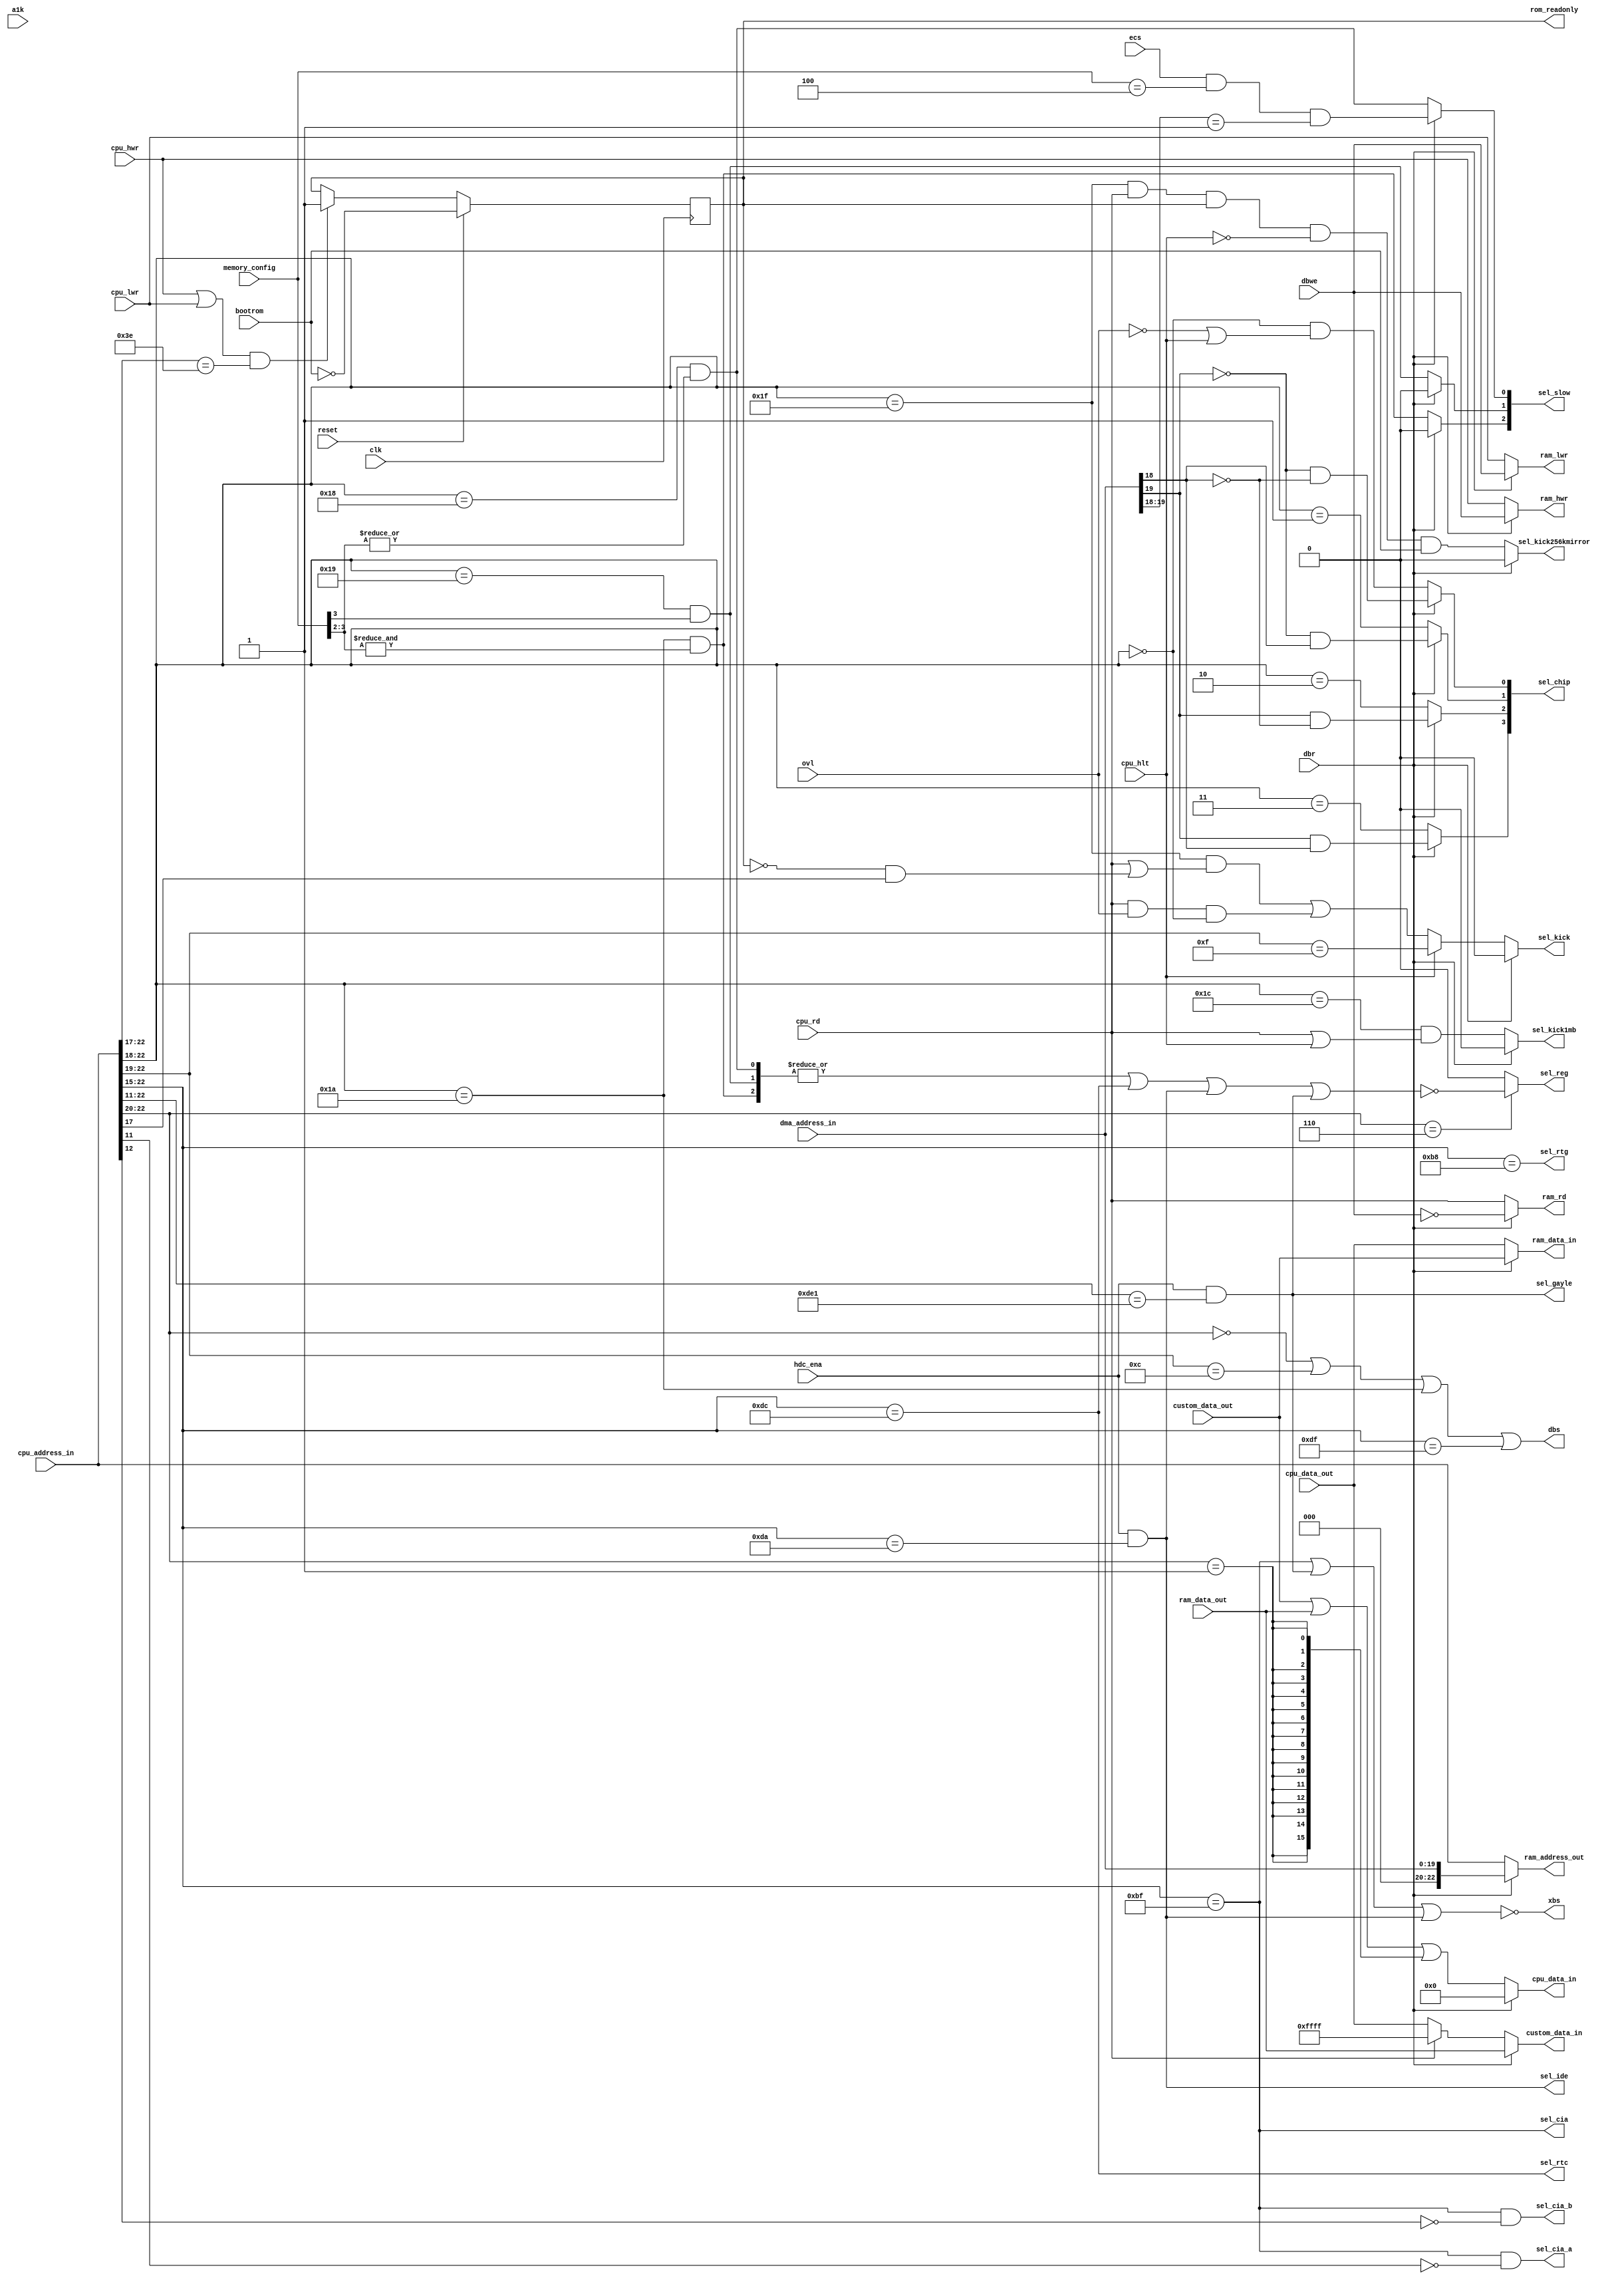
// This program was cloned from: https://github.com/Mazamars312/Analogue-Amiga
// License: GNU General Public License v3.0

// Copyright 2006, 2007 Dennis van Weeren
//
// This file is part of Minimig
//
// Minimig is free software; you can redistribute it and/or modify
// it under the terms of the GNU General Public License as published by
// the Free Software Foundation; either version 3 of the License, or
// (at your option) any later version.
//
// Minimig is distributed in the hope that it will be useful,
// but WITHOUT ANY WARRANTY; without even the implied warranty of
// MERCHANTABILITY or FITNESS FOR A PARTICULAR PURPOSE.  See the
// GNU General Public License for more details.
//
// You should have received a copy of the GNU General Public License
// along with this program.  If not, see <http://www.gnu.org/licenses/>.
//
//
//
// This is Gary
// It is the equivalent of Gary in a real Amiga
// Gary handles the address decoding and cpu/chip bus multiplexing
// Gary handles kickstart area and bootrom overlay
// Gary handles CIA e clock synchronization
//
// 20-12-2005	- started coding
// 21-12-2005	- done more coding
// 25-12-2005	- changed blitter nasty handling
// 15-01-2006	- fixed sensitivity list
// 12-11-2006	- debugging for new Minimig rev1.0 board
// 17-11-2006	- removed debugging and added decode for $C0000 ram
// ----------
// JB:
// 2008-10-06	- added decoders for IDE and GAYLE register range
// 2008-10-15	- signal name change cpuok -> dbr
// 2009-05-23	- better timing model for CIA interface
// 2009-05-24	- clean-up & renaming
// 2009-05-25	- ram, cpu and custom chips bus multiplexer
// 2009-09-01	- fixed sel_kick
// 2010-08-15	- clean-up
//
// SB:
// 2010-10-18 - added special memory config like in A500 Rev.6 with 512kb + 512kb of memory
//
// AMR:
// 2012-03-23  - Added select for Akiko


module gary
(
	input  [23:1] cpu_address_in, //cpu address bus input
	input  [20:1] dma_address_in, //agnus dma memory address input
	output [23:1] ram_address_out, //full ram address output to make memory mapping easier
	input  [15:0] cpu_data_out,
	output [15:0] cpu_data_in,
	input  [15:0] custom_data_out,
	output [15:0] custom_data_in,
	input  [15:0] ram_data_out,
	output [15:0] ram_data_in,
	input         a1k,
	input         bootrom, // do the A1000 bootrom magic 		 
	input         clk,
	input         reset, //global reset signal
	input         cpu_rd, //cpu read
	input         cpu_hwr, //cpu high write
	input         cpu_lwr, //cpu low write
	input         cpu_hlt,

	input         ovl, //overlay kickstart rom over chipram
	input         dbr, //Agns takes the bus
	input         dbwe, //Agnus does a write cycle
	output        dbs, //data bus slow down
	output        xbs, //cross bridge select, active dbr prevents access

	input   [3:0] memory_config, //selected memory configuration
	input         ecs, // ECS chipset enable
	input         hdc_ena, //enables hdd interface

	output        ram_rd, //bus read
	output        ram_hwr, //bus high write
	output        ram_lwr, //bus low write

	output        sel_reg, //select chip register bank
	output reg [3:0] sel_chip, //select chip memory
	output reg [2:0] sel_slow, //select slowfast memory ($C0000)
	output reg   sel_kick, //select kickstart rom
	output reg   sel_kick1mb, // 1MB kickstart rom 'upper' half
	output reg   sel_kick256kmirror, //mirror $fc-$ff to $f8, when rom_readonly and bootrom 
	output       sel_cia, //select CIA space
	output       sel_cia_a, //select cia A
	output       sel_cia_b, //select cia B
	output       sel_rtg, //select rtg
	output       sel_rtc, //select $DCxxxx
	output       sel_ide, //select $DAxxxx
	output       sel_gayle, //select $DExxxx
	output reg   rom_readonly = 0 //when zero allows to write to $fc-$ff, blocks effect of kick256kmirror.  
);

wire	[2:0] t_sel_slow;
wire	sel_xram;
wire	sel_bank_1; 				// $200000-$3FFFFF
 

//--------------------------------------------------------------------------------------

assign ram_data_in    = dbr ? custom_data_out : cpu_data_out;
assign custom_data_in = dbr ? ram_data_out : cpu_rd ? 16'hFFFF : cpu_data_out;
assign cpu_data_in    = dbr ? 16'h0000 : custom_data_out | ram_data_out | {16{sel_bank_1}};

//read write control signals
assign ram_rd  = dbr ? ~dbwe : cpu_rd;
assign ram_hwr = dbr ?  dbwe : cpu_hwr;
assign ram_lwr = dbr ?  dbwe : cpu_lwr;

//--------------------------------------------------------------------------------------

// ram address multiplexer (512KB bank)		
// assign ram_address_out = dbr ? dma_address_in[18:1] : cpu_address_in[18:1];
// output full address to make mapping easier.  
assign ram_address_out  = dbr ? {3'b000, dma_address_in[20:1]} : cpu_address_in[23:1];
   
   
//--------------------------------------------------------------------------------------

always @ (posedge clk) begin
	if (reset) rom_readonly <= ~bootrom;
	else if ((cpu_hwr || cpu_lwr) && (cpu_address_in[23:18]==6'b1111_10)) rom_readonly <= 1;
end

   
//chipram, kickstart and bootrom address decode
always @(*)
begin
	if (dbr)//agnus only accesses chipram
	begin
		sel_chip[0] = ~dma_address_in[20] & ~dma_address_in[19];
		sel_chip[1] = ~dma_address_in[20] &  dma_address_in[19];
		sel_chip[2] =  dma_address_in[20] & ~dma_address_in[19];
		sel_chip[3] =  dma_address_in[20] &  dma_address_in[19];
		sel_slow[0] =  ecs && memory_config==4'b0100 && dma_address_in[20:19]==2'b01; //use slow0 as chipmem, when only chip0 and slow0 are enabled.
		sel_slow[1] = 0;
		sel_slow[2] = 0;
	   sel_kick    = 0;
	   sel_kick1mb = 0;
	   sel_kick256kmirror = 0;
	end
	else
	begin
		sel_chip[0] = cpu_address_in[23:19]==5'b0000_0 && (!ovl || cpu_hlt);
		sel_chip[1] = cpu_address_in[23:19]==5'b0000_1;
		sel_chip[2] = cpu_address_in[23:19]==5'b0001_0;
		sel_chip[3] = cpu_address_in[23:19]==5'b0001_1;
		sel_slow[0] = t_sel_slow[0];
		sel_slow[1] = t_sel_slow[1];
		sel_slow[2] = t_sel_slow[2];
		sel_kick    = cpu_hlt ? cpu_address_in[23:20]==4'b1111 : (cpu_address_in[23:19]==5'b1111_1 && (cpu_rd || (!rom_readonly && cpu_address_in[18])))  || (cpu_rd && ovl && cpu_address_in[23:19]==5'b0000_0); //$F80000 - $FFFFFF
		sel_kick1mb = cpu_address_in[23:19]==5'b1110_0 && (cpu_rd || cpu_hlt); // $E00000 - $E7FFFF
		sel_kick256kmirror = cpu_address_in[23:19]==5'b1111_1 &&  cpu_rd && rom_readonly && !cpu_hlt && bootrom;
	end
end

assign t_sel_slow[0] = (cpu_address_in[23:19]==5'b1100_0) && |memory_config[3:2]; //$C00000 - $C7FFFF
assign t_sel_slow[1] = (cpu_address_in[23:19]==5'b1100_1) &&  memory_config[3];   //$C80000 - $CFFFFF
assign t_sel_slow[2] = (cpu_address_in[23:19]==5'b1101_0) && &memory_config[3:2]; //$D00000 - $D7FFFF

assign sel_ide   = hdc_ena && cpu_address_in[23:16]==8'b1101_1010;        //IDE registers at $DA0000 - $DAFFFF	
assign sel_gayle = hdc_ena && cpu_address_in[23:12]==12'b1101_1110_0001;  //GAYLE registers at $DE1000 - $DE1FFF
assign sel_rtc   = cpu_address_in[23:16]==8'b1101_1100;                   //RTC registers at $DC0000 - $DCFFFF
assign sel_reg   = cpu_address_in[23:21]==3'b110 ? ~(|t_sel_slow | sel_rtc | sel_ide | sel_gayle) : 1'b0;	//chip registers at $DF0000 - $DFFFFF
assign sel_cia   = cpu_address_in[23:16]==8'hBF; // $BFxxxx
assign sel_cia_a = sel_cia & ~cpu_address_in[12];
assign sel_cia_b = sel_cia & ~cpu_address_in[13];
assign sel_rtg   = cpu_address_in[23:16]==8'hB8; // $B8xxxxx
assign sel_bank_1 = cpu_address_in[23:21]==3'b001;

//data bus slow down
assign dbs = cpu_address_in[23:21]==3'b000 || cpu_address_in[23:20]==4'b1100 || cpu_address_in[23:19]==5'b1101_0 || cpu_address_in[23:16]==8'b1101_1111;
assign xbs = ~(sel_cia | sel_gayle | sel_ide);

endmodule